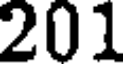
201